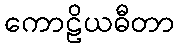
ကောဠိယဓီတာ